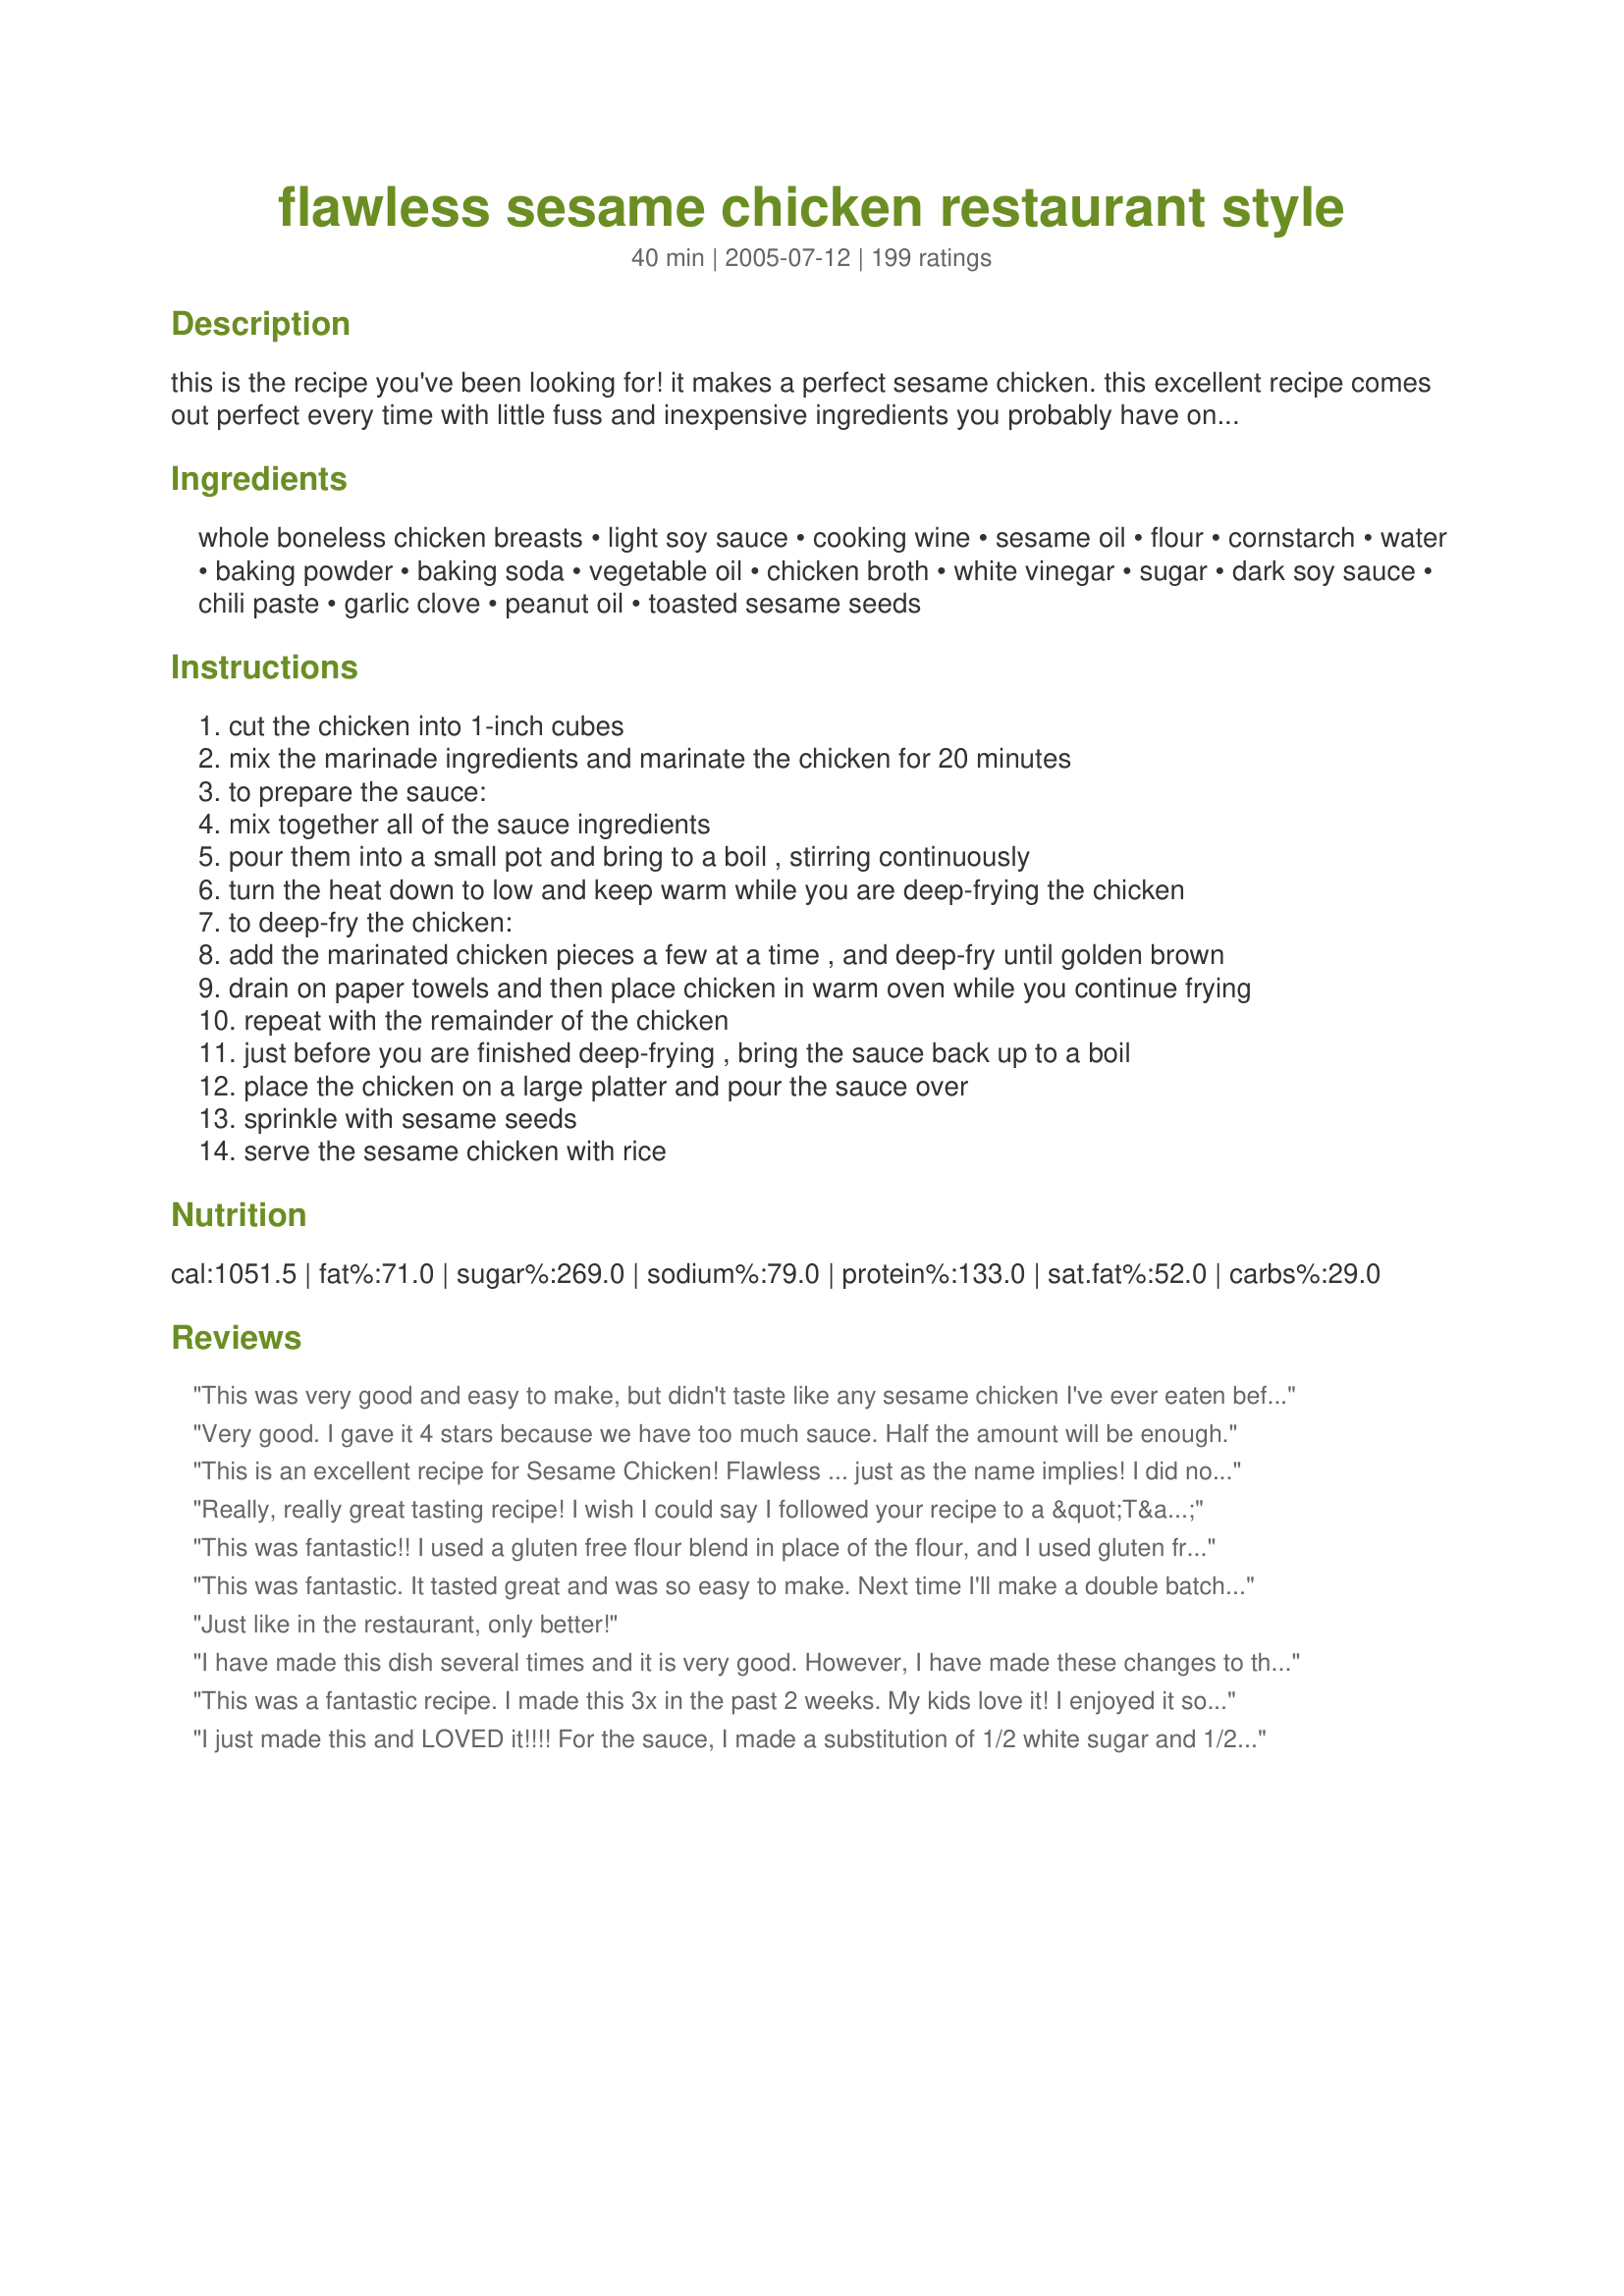
flawless sesame chicken restaurant style
Preparation time: 40 minutes

this is the recipe you've been looking for! it makes a perfect sesame chicken. this excellent recipe comes out perfect every time with little fuss and inexpensive ingredients you probably have on hand. this recipe is truly restaurant quality... try it, you won't be disappointed! (recipe courtesy of "reykjaviky" at all recipes)

Ingredients:
whole boneless chicken breasts, light soy sauce, cooking wine, sesame oil, flour, cornstarch, water, baking powder, baking soda, vegetable oil, chicken broth, white vinegar, sugar, dark soy sauce, chili paste, garlic clove, peanut oil, toasted sesame seeds

Steps:
cut the chicken into 1-inch cubes
mix the marinade ingredients and marinate the chicken for 20 minutes
to prepare the sauce:
mix together all of the sauce ingredients
pour them into a small pot and bring to a boil , stirring continuously
turn the heat down to low and keep warm while you are deep-frying the chicken
to deep-fry the chicken:
add the marinated chicken pieces a few at a time , and deep-fry until golden brown
drain on paper towels and then place chicken in warm oven while you continue frying
repeat with the remainder of the chicken
just before you are finished deep-frying , bring the sauce back up to a boil
place the chicken on a large platter and pour the sauce over
sprinkle with sesame seeds
serve the sesame chicken with rice

Reviews:
This was very good and easy to make, but didn't taste like any sesame chicken I've ever eaten before. Maybe that's a regional thing? I left out the chili paste so the kids could eat, but hubby and I added red pepper flakes to ours. Thanks very much!
Very good. I gave it 4 stars because we have too much sauce. Half the amount will be enough.
This is an excellent recipe for Sesame Chicken! Flawless ... just as the name implies! I did not have chili paste on hand, so I used red pepper flakes (about 3/4 tsp.) and the "heat level" was just right. You did not mention the type of vinegar to use, so I used Rice Wine Vinegar, which turned out great. Thanks for posting this! We will definately be making this again!
Really, really great tasting recipe! I wish I could say I followed your recipe to a &quot;T&quot;, but lacked a couple of ingredients. Did the marinade as instructed but added a little garlic powder, but let go for about 4 hours as we were watching a football game (sure didn&#039;t hurt the taste! lol). I put all ingredients together so as to make cooking a little easier (marinated meat separately, put sauce together, you know). I also coarsely chopped a large onion and sauteed till soft because I love onion, put aside and then fried my chicken. Made the sauce as instructed but didn&#039;t have the chili paste (had everything else), so used dried red pepper to taste and a couple of blops of ketchup. Also used honey &amp; brown sugar to taste. I didn&#039;t think anything at all was missing in taste for this recipe and did not find it salty at all. My biggest problem was to quit eating the chicken pieces while my sauce cooked, it was that tasty! Poured the hot sauce over the chicken and reserved onions. Served with rice and green onion. Tender chicken, just the right sweet and hot taste. So glad I found your recipe, Thank you, Petite Mommy, I&#039;ll make this again and again!
This was fantastic!! I used a gluten free flour blend in place of the flour, and I used gluten free soy sauce instead of both the light and dark soy sauce. I am going to make this again the very next chance I get. The flavors were amazing and as good as any Chinese take-out I've ever had.
This was fantastic. It tasted great and was so easy to make. Next time I'll make a double batch, though... thought there would be leftovers but everyone ate them up! Thanks for the recipe.
Just like in the restaurant, only better!
I have made this dish several times and it is very good. However, I have made these changes to the sauce: Added 1 tablespoon of soy sauce, reduced the cornstarch to 2 Tablespoons because 1/4 cup made the sauce too thick. I also reduced the sugar to 1/2 cup because the full cup made it too sweet for me. NOTE: I have also made a reduced calories version for some of my girlfriends by skipping the chicken frying process. I just marinate the chicken with the soy,wine,and oil. Then stir-fry it with a bit of oil until it is no longer pink. Then I make the sauce as prescribed with the adjusted ingredients. Add it to the chicken and bring it to a boil and sauce thicken. It is so good and saved a ton of calories. My friends love it too.
This was a fantastic recipe. I made this 3x in the past 2 weeks. My kids love it! I enjoyed it so much that I gave it to my mom. She is an avid... chinese food adict! She loved every bit of it!
Thanks for the most perfect recipe! I am glad to know it's the first on google when you search "sesame chicken"
I just made this and LOVED it!!!!
For the sauce, I made a substitution of 1/2 white sugar and 1/2 c brown sugar. I used the rice vinegar and I didn't have any cornstarch so I just watched it and played it by visual with flour. Also, one trick I learned to do with making saucy/fried chicken chinese food is simmer the chicken in the sauce. It also helps thicken it. Very tasty, thanks APetiteChef!

Forgot to add, I used thigh meat instead of breast!
My son, the picky eater, loved, loved, loved this. It is very delicious. The only thing that I did different was that I followed likeithot&#039;s advice and added the onion and garlic powders to the sauce.
I love this recipe made it as is it's really good! My family loved it as well! It really does taste like it came from a restaurant! The extra sauce is good for the white rice! Awesome! I highly recommended this recipe!
This is an amazing recipe. It really is like take out!! My only problem was having WAY too much sauce. So next time I will 1/2 that portion of the recipe.
 Since I'm vegetarian, I made mine with tofu and it still came out great. I just pan fried mine instead of deep frying. I also added some freshly squeeze orange juice and zest to make mine orange-sesame sauce. SO outrageously delicious!!! This is a keeper.
This is better than any restaurant could make! And it deserves more than 5 stars!!! WOW! Thanks so much for sharing.
Flawless is absolutely right!

These were delicious and that gorgeous color color made for a very impressive presentation.

I served the chicken with fried rice, edamame beans and soba noodle soup.
The chicken had wonderful flavor, but didn't get crispy for me when fried. Unfortunately, the sauce was way too sweet as well.
This recipe is awesome! My 9 year old son makes this recipe for us. My husband and I cut up and fry the chicken (we bread it in Japanese bread crumbs) for him but he creates the marinade, the sauce and the rice. Thank you for such a perfect and kid friendly recipe!!
I did not have any trouble with this recipe. I was afraid of too much sesame oil taste so I only used 1 T in the sauce. I like the taste of fresh ginger so I added that to the sauce... it was very good. I did the 1/2 cup sugar instead of the 1 cup. The chicken cooked up well... I would do this recipe again. Thanks.
Perfection!!!
this turns out amazing! I think it tastes better than a restaurant!
Like you need another 5 star review of this recipe! :) This was excellent. Like a lot of reviewers I didn't have chili paste on hand so I subbed a decent squirt (about 1 1/2 tsp) of Sriracha. This was much sweeter than many other Sesame chicken recipes which was exactly what we were looking for. Also the recipe makes plenty of sauce so I would suggest not doubling the sauce till you try it once. Thanks for sharing this great recipe!
Update 7-9-09 I have now made this several times with the listed ingredients and it's the bomb! :)
hells yeah, this recipe makes deliciousness happen
This is a great, easy recipe. I also, like prior post, didn't have the cooking wine for the marinade, I just increased the water to 3 tablespoons and it was very nice.
Very tasty! I tasted the sauce in middle and was quite worried. It had a bitter taste. I didn't know what to do so I just proceeded with the recipe and served it as was. To my delight when the sauce was served with the chicken it blossomed into a delicious meal that had no taste of bitterness whatsoever. I only have complaint: Not Enough!
My family of sesame chicken lovers eat this up with compliments. The recipe makes a LOT of sauce. We've frozen it and put it on other meat later. Yum!
 Who needs to go out when you can have sesame chicken that tastes this good at home. My hubby went back for thirds.
Very good sesame chicken! It was a bit of an experiment as I did try and follow the advice of other reviewers as well as getting it to work with my pantry. I didn't have chile paste or sesame oil so I used chile oil instead which worked really well. In addition, I lightly fried this in a skillet with a couple tablespoons of olive oil which gave them a similar texture with a little more work. All in all, I recipe I will be hanging on to as everyone loved them.
This is definitely the BEST chinese chicken I have found. I mix steamed brocolli in the final stage and serve over rice. It is a favorite in my family.
Wow this recipe does live up to the spill about it. Im making it again today- without the sauce though, as I'm trying to consume less sugar!
The chicken from this recipe alone is delish! Thanks!
After reading several reviews, I made the following changes: doubled the marinade, as I had three fairly large chicken breast halves; added onion powder and extra garlic to the sauce; tossed the marinated chicken in rice flour before frying, which made for a REALLY crispy crust. Served with broccoli stir-fried with several cloves of garlic and steamed jasmine rice. Absolutely delicious! This will absolutely be a regular meal here. :)
5 Stars

It was my turn to do a birthday lunch today. I decided to do chinese food. Sesame chicken, fried rice, and eggroll. I served this recipe to my 3 girlfriends today.

It was a HIT. I fixed exactly as directed in recipe. This is a keeper recipe for anyone who wants to impress. I was a hit, as well, for serving it.
My family really liked this recipe. I added the onion and garlic powder as well as some red pepper flakes. My Husband wants me to add some citrus flavor to it next time, either pineapple chunks or a slash of orange juice.
My family scoffed this down in no time flat and enjoyed it so much! I had it with Fried Rice and Stir fried pea pods. Excellent combination and one we will have again!! Thanks!
I bought a wok this past Christmas and have been experimenting with different stir frys. Tried this recipe tonight and it is the best by far, and believe me we have tried quite a few. We used dried red chiles instead of the paste, worked out great! The sauce is the best, better than anything you can buy out of a jar, could just dip chicken in it! Happy we have leftovers for lunch tomorrow!
This is a really yummy recipe and it was very simple to make! Not tons and tons of work, even though it's a little time consuming.
I personally think the amount of sauce in this recipe is about double what you need... I stirred some into my chicken (with the toasted sesame seeds) and got it well coated and I had about the same amount of sauce left over. We enjoy our sesame chicken on white rice and then some soy sauce over the top of the whole thing to get a nice sweet and salty mix, so enjoyed like that... it was perfect for us!
Thanks so much for a great recipe!
really really good. to the sauce i added some orange juice and honey turned out great
This recipe just helped me and a friend win a cooking contest at the University of Virginia! We cut the sesame oil in the sauce by half and added extra garlic and sliced green onions. One of our judges found the sauce a little too sweet so I might suggest cutting the sugar some (don't use a full cup). I also added ~1 tsp of onion powder to the marinade. One judge wrote, "Tastes like Chinese takeout."
Thank you so much for this recipe. It is rare that everyone in my family loves a recipe, but this was it! My husband couldn't get enough.
Very Good! this is the sesame chicken I've Been looking for! My family loves it
While this was very tasty, next time I'd cut out the deep frying and grill my chicken instead - perhaps on skewers. This would cut down on a lot of the fat content. I'd also use less cornstarch in the sauce...way too thick.
We all loved this! I actually made it into an appetizer. I cut the chicken into smaller bite size pieces and used the sauce for dipping.
I am no cook, this recipe was so easy and tasted just like the restaurants, Happy Joy!!
I don't love Chinese food but my husband and I really enjoyed this dish. I thought the flavor of the sauce was great! I took the advice of others and used red pepper flakes (1 tsp) and only did 1/2 c. sugar for the sauce and it was plenty sweet. Also, I didn't want to buy a whole thing of sesame oil for the 2 Tbs called for in this recipe so I just ground up some sesame seeds in a spice grinder and added the powder to vegetable oil. My only warning with this recipe is that your kitchen is kind of a mess afterwards:) Thanks!
GREAT recipe i made it twice and both time's it was amazing! but i just say only add 1/2 cups sugar and i made it with pepper flakes instead of chili paste both times and it was still great! :).
AWESOME!!!! I wouldnt change anything about it!!!
I used 1/4 c rice wine vinegar in the sauce -- WAY too much. I could only taste the vinegar, so it really ruined the dish. I think if you add only 1/8 c, it might not taste as bad, but I won't be making it again.
Very, very good. I used only 1/2 cup sugar and it was plenty sweet enough for us.
I really enjoyed the flavor of the marinade and the chicken was very tender and tasty. The sauce has much to be desired for and needs cut back on the amount of sesame oil....wow is it too pungent. I threw it out and made my own version of brown sesame sauce. One teaspoon was much better. I was so disappointed with the sauce. We are big chinese eaters, and sesame chicken is one of our favorite dishes but to us this was not "Restaurant Style" at all. I will make the marinade again. Thanks for sharing!
I agree with all the other posts - this recipe is excellent! It does make more sauce than we used, and I did cut back to 1/2 cup sugar and 1/8 cup cornstarch in the sauce. I also didn't have any cooking wine or dry sherry for the marinade and it still turned out great.
Fabulous recipe! The only reason why I gave it four stars was that it made a very very large amount of sauce, that I didn't use most of. It worked out well tough, because my mom put it on steamed eggplant the next night for a fabulous meal. I didn't fry the chicken, to make the recipe as healthy as possible, and it turned out very well. I ommited all the "dry" ingrediants in the marinade, but I think i will leave them in next time because without them, the chicken dish ended up being kinda grainy and mushy. fabulous recipe though! thanks very much!
This was delicious! I used it to make Sesame Chicken for my hubby and Sesame Tofu for me. His was a hit, and I loved mine, too! While we were eating, he said, "This is definitely one for the recipe book!" Based on many reviews, I also cut the sugar. I used about 3/4 cup.
We love to try new Chinese recipes and Sesame Chicken is one of my favorite things to eat out. Absolutely loved this recipe. Thanks for posting!
Goodness, this was certainly a hit at dinner tonight. I kept wondering where the kids were putting it all. I know my youngest definitely has a hollow leg. Followed recipe to the letter except for subbing red pepper flakes for the chili paste as suggested by others. Perfect restaurant style meal, easier to make then I would have ever expected. Thanks.
I just cannot get enough of this sesame chicken it is absolutely fabulous!!! It at first seems hard to make but if you just break the recipe down its a piece of cake!

I LOVE LOVE THIS recipe!!
Wow, this is the first time I've made sesame chicken and I'm so glad I chose your recipe. Beautiful glossy sauce, nice crispy chicken. Better than I've ever had at a restaurant. I used the full measure of vinegar and toasted extra sesame seeds because I love them. Served with plain white rice, just perfect. Thanks for sharing.
This was awsome. Eveyone I have cooked it for has loved it. I have made it like 6 time already. I love sesame chicken and this is by far the best I have had. Thankyou so much. :)
I have discovered something new and amazing about this recipe!<br/>When you add Balsamic Vinegar instead of white vinegar, and crushed red pepper instead of chili paste, you get GENERAL CHICKEN. Good general chicken, too. I love this recipe!<br/><br/><br/>It's amazing. My boyfriend thought a bit more vinegar was needed, but I loved it. It tasted a lot like the kind of "chinese" food you'd expect from an americanized restaurant, but sometimes that's what you're in the mood for, and it is definitely restaurant quality.
This recipe was the most similar to what I have eaten previously in Asian cuisine restaurants. I will keep this as my "standard" for Sesame Chicken. Over the past several months I have tried six different versions of this from other recipes found on Recipe Zaar and this was the BEST!! I added about twp tablespoons of brown sugar to the sauce just because of my own taste preferences and thought it "added a little' to the recipe; I like my Asian sauces a little sweeter.
AWESOME - this deserves 10 stars. Easy and a total crowd pleaser. I forgot the sesame seeds so I put green onions on top instead.
Was excited to make this with all the good reviews. I love Sesame Chicken but this wasn't even close to the way I've had it...so it was quite a disappointment for me, but, my DH really liked it so I'm giving it 4 stars for him.
Awesome!!!!! I used mirin and I really like the flavor.
Just like they make at the restaurant! We loved it!
Great recipe! Pretty easy to make and it easily fed a family of three and there was even enough left for lunch (for 1) the next day! There was plenty of sauce...I think I could half the sauce recipe next time. I will definitely be making this again!
awesome recipe! my first from any website. It worked great.
I just made this last night and it was fabulous!

I made two changes: I needed it to be gluten free so I used Bob's Red Mill All Purpose GF Flour. This worked perfectly so any other GFers out there, don't be afraid to try this one! Also, I didn't have chili paste so I substituted Sriracha Sauce and it turned out wonderfully.

This is a huge hit and we'll be making it again.
Yummy! We had this last night for supper and just loved it. I was leary of the vinegar amount so used the least amount, but I think I can up the amount a bit next time. Still great, but I want to try to cut the sweet a bit. Thank you so much for sharing this great recipe with us. It was so easy to make and definately a keeper in our house.
The chicken turned out great up to the point where I took it out of the oil. Where it all went wrong for me is in the sauce. It makes a TON of sauce and is extremely thick and sweet. It turned out to be a big sugary gelatinous blob. While it was edible, the sauce needs something to give it some flavor to balance with the sugar and sesame oil. Maybe more soy and less sugar? Worth tinkering with in the future....
I just made this for dinner tonight's dinner and I must say, this is one of my all-time favourite recipes I have found on 'zaar. This will definitely be in my repertoire from this point forward, the chicken is so tender and juicy! Kids (11 and 12 yr old pickiest eatiers in the world) even loved it!! We could also use this as an afternoon snack with the sauce as dipping sauce.
Awesome recipe! I put extra red chili flakes since my hubby likes it spicy.
This recipe really is flawless! The only exception in my opinion is that the sauce was too sweet. I think half the amount of sugar would suffice. Otherwise, this is the best sesame chicken I've had!
We don't cook much and this recipe was so easy to follow and make. It tasted wonderful... just like in a restaurant!!
My family of 5 loved this! I have to say, i did not do the chicken with marinade part b/c I was trying to use up some pre-breaded chicken tenders. I baked these, and made the sauce to go over it. I used 1/4 cup vinegar and it was plenty sweet. I used seasoned(garlic)rice wine, and used a little ginger rice wine. I also used chili flakes. It took no time to thicken, and you must serve with jasmine rice. Great-will make again!
This recipe is WONDERFUL!! I followed it to the tee except for adding some red pepper flakes for heat. I think next time I will also only put 1 tsp of sesame oil in the sauce b/c it was to strong for me. I will definately be making this again.
Well, as promised, this chicken really was absolutely wonderful! I tried to cut the recipe in half but I don't think I'll try that again; it made the proportions for the sauce turn out a little off. It didn't even really matter, though, because the taste more than made up for it! I even pan-fried the chicken in a small amount of oil, rather than deep frying, and it still turned out like something you could get at a restaurant! I will be using this often. Thank you!
Excellent recipe! Very easy. Makes a lot of sauce. I'll steam some broccoli and add it to the leftovers. I gave it 5 stars, but it looks like the rating might not have worked.
If I could give this 10 stars, I would. It was AMAZING!! I made a few small changes, but it still came out great. I didn't have peanut oil so I used about 1.5 cups vegetable oil. It wasn't deep fried, but definitely fried! I also couldn't find chili paste, so I used about 1 TBSP of Sriracha sauce. It gave it a bit of a kick, but nothing that lingered. It also made enough sauce for about 2x the amount of chicken I used. I used 8 decent sized chicken tenders. I also used Rice Vinegar. I'm not sure if that is different from rice wine vinegar, but it tasted great!
oooooo yummy! this is going to my favorites file! i followed everything to the T except for the marinade i had no choice but to use regular soy sauce since i didn't have lite. but thankfully it didn't turn salty at all. i even had to use mirin in place of the cooking wine since that's also all i had. and i accidently left the chicken in the marinade for a couple of hours due to my busy schedule. for the sauce i used rice wine vinegar and it was perfect even w/ the 1 cup sugar. wasn't overly sweet at all..just perfect and delicious. will make this MANY times. thank you for sharing! =)
This recipie was wonderful. Everything you want sesame chicken to tast like. The only thing I did was added brocolie,onions and snow peas. Really great!!!
I made the original recipe with the full cup of sugar and it was FLAWLESS PERFECTION!
would have been perfect if i had thought and not just dumped the cornstarch into the mix without dissolving it first, but even with the lumps it was exactly what i was looking for. thanks :)
It was delicious! The ONLY changes I made were that I added 1 TBS of minced garlic (because we're anti-vampire I guess!), used 1 Tbs. siracha chili (we like it spicy too) instead of the typical oriental chili sauce, and went with the recommended 1/8 c. rice wine vinegar. As half Asian, the way I made it tonight, I'd have to say this is PERFECT!
Yummy What a great but easy recipe We really enjoyed this. Might tinker with it a little by cutting down on the sugar. The overall flavor is really nice. Thanks for posting
Loved this recipe!! This was my first attempt at making sesame chicken and it turned out almost like what I get at our local Chinese restaurant. Several people said they only used 1/2 the sugar for the sauce, but found out I needed all of it to replicate to our taste. Exchanged red pepper flakes for the chili paste and I needed to reduce the cornstarch a little to keep the sauce smooth. This will definitely be a repeat recipe next week!!! Thanks for posting it!
We voted it better than Restaurant Style. Absolutely wonderful recipe - easy to make - delicious to eat. A definite keeper! Thanks.
Really was a crowd favorite in my house. I made it with egg rolls and I made an awesome chinesse chicken salad. Really the best sesame chicken recipe I've found.
Very, very good recipe! Definitely the best sesame chicken I have ever made and actually it is better than any I've ever had at a restuarant. Thank you so much for sharing this recipe!
This recipe is amazing! My husband says we will never order it at a restaurant again. Even my picky son ate it. Amazing taste and flavor. I double the sauce though as we eat it with rice which sucks it up fast. And I throw the chicken in flour first to get a nice coating. It's amazing! Bravo!
This was amazing. I don't think I've ever made better Chinese food in my kitchen.
I made this recipe exactly as is (because I am reviewing this recipe not my version of this recipe).<br/>My husband and I thought that it was fantastic. Great flavor. The recipe suggested using 1/2 cup of sugar instead of 1 cup and it was plenty sweet. I served it with sauted onions, peppers and broccoli. A definite keeper.
This tasted good, but not like what I get at the restaurant. Maybe if the chicken were tossed back in to cook with the sauce for a little while at the end? I also found it just a little too sweet (I used about 2/3 cup of sugar).
great recipe! I marinated the chicken in only the soy sauce and sesame oil and added crushed garlic, then sauted it in Pam spray instead of frying it, to make it a little healthier, the sauce was great! my husband loved it and said it was BETTER than a restaurant. I also cut the sugar in 1/2
Absolutely wonderful!! I've made this a few times now, and the family loves it! Tonight I decided to make it a little different and cooked the chicken whole, then cut it up into slices afterwards, which worked out great.

When I mix the marinade, I will usually do half wine and half dry sherry. And I don't have any chili paste, so I've just used my chili oil, which I think works just as good. I just realized I forgot to write the garlic down, so I've been using this recipe w/out garlic!! lol :) Oh well it still tastes good w/out it! Thanks for the great recipe, the whole family thinks it is even better than getting it at a restaurant.
AMAZING - my father is a chinese food nut, and swears that nothing is better than takeout - that is until he tasted this. I have just started experimenting with chinese food (I am a picky eater) and I thought it was, indeed, flawless!

I did not have (or can afford at $6 for 12 fl oz) 4 cups of peanut oil, so I used a mixture of sesame, peanut, and vegetable oil and no one could tell the difference
this is the best sesame chicken recipe i have found yet, it is as close to perfect as you can get :) i have also used beef and it taste really good, thank you!!!
Absolutely delicious! The flavor is perfect. We cut back on the amount of cornstarch so it's not so thick. This recipe is definitely on our list of favorites!
If I could give you more stars I would... This recipe is just wonderful!!! I made it for the two of us, and we ate the whole amount; my husband then asked if I had more!!! I will be serving this soon again. Very, very nice. If I could I would tell everyone at Zaar to make it!
I enjoyed both cooking &amp; eating this recipe. I made a few subtle changes on my 2nd attempt which was received quite positively. I doubled the marinade while using 1\2 cup of honey, 1\2 cup sugar, 3 garlic cloves, a teaspoon of fresh chili pepper from my garden &amp; 1\2 teaspoon on onion power to the sauce. Also, I used fried rice as opposed to just white rice
I have virtually no cooking experience, however, I follow instructions very well. This recipe was very simple to follow and came out absolutely delicious. Everyone loved it too!
Today I made this for a church social, everyone loved it and wanted the recipe!!! I did a few little changes to make it my own. After it marinated for 2o minutes I then coated it in flour before frying. Made it a little more crispy. Also for the sauce I only added 1/2 cup sugar, added 1/4 cup brown sugar and added 1 1/2 tablespoons of chilli sauce instead of chilli paste (couldn't find it). Almost forgot... I added a little steamed broccolli to the chicken and sauce mix then served over rice and sprinkled with sesame seeds! I made alot of this (x5) and it was all eaten and they wanted more!!!! Big big hit!
This recipe is great! My husband and I loved it!
I've never left a review before, but this recipe was too good to not review. It was, without question, the BEST sesame chicken I've ever had! The chicken was moist and tender and the infusion of flavors perfect! I couldn't find the chili paste, so I substituted 1 tsp red pepper flakes for it. I will make this a regular part of our menu. Thanks so much for sharing!
I made it just now! I didnt put in the chili paste or sesame oil and i fried it in canola oil and it was still AMAZINGGGGG
This recipe is just as sensational as everyone says. The second time I made it I only used 1 Tablespoon of sesame oil because I thought that 2 tasted too strong. I also only added half the amount of sugar. This is one recipe that I will be making again and again.
This was an interesting recipe. I've never had sesame chicken like this in a restaurant; they were all much crispier. The sauce was also very very thick. I think in the future I would add more cornstarch to the marinade to get that crispiness.
Excellent!!<br/>I would suggest doubling the marinade recipe though if you're making 3 chicken breasts. Breadding lightly after marinading also works well. Will make again for sure!
This is absolutely scrumptious! My boyfriend and I make it whenever we can and while we've yet to find dark soy, it tastes just as wonderful with the regular kikkoman soy sauce available at chain grocery stores. Make it, you wont regret it!
We were disappointed in this dish. The chicken was good but the sauce just seemed to be missing something.
My family isn't big on deep fried food, so I opted to marinate the chicken and then cook it as it was rather than deep frying. It turned out pretty great, and I can imagine that if I deep fried it it would even be better. Thanks for posting.
I've made this recipe many times, and it always comes out great! I also use 1/2 cup of sugar rather than a full cup, and I usually substitute red pepper flakes for the chili sauce; makes it kind of a cross between sesame chicken and general tso's. My husband and I love this recipe.
WOW, now I see why this receipe earned 5 stars. My family could have sworn that it was from chinese take out!
Fabulous! I love to get Sesame Chicken at Chinese restaurants and this is every bit as good! Will put this in my "keeper" file!

Thanks for sharing such a great recipe!
This recipe is awesome! My family ate it up and asked for more. They all love the chicken we get at the mall from China Wok, now I can make it at home. The sauce was a little runny at first, but I let it boil a few minutes and it thickened up to the right consistency.
 Thanks for sharing, I will be making this often!
I followed this recipe exactly, and it didn't turn out very good. The chicken was coated well and was crispy, but it was very salty, even with using light soy sauce. The sauce turned out pretty wierd. It was very thick, so I added a little water to thin it down, which helped. I dipped a piece of chicken in it to try it, and had to spit it out. The sauce was salty and with the salty chicken, it was way too much. I added a little sugar to the sauce, which helped, but I still wasn't happy with it. Needless to say, our dogs ended up eating more of this stuff then we did!
So good! The whole family loved it! I used honey instead of sugar and red pepper flakes instead of chili paste. I also didn't have sesame oil on hand so I just used canola oil. It turned out much better than I expected! Lots of extra sauce. Will definitely make again. I paired it with green beans and mushrooms sauteed in balsamic and homemade fried rice!
I made the recipe as is. While the overall flavor was ok... it's not something I'll make again. Maybe we are spoiled with the best Chinese takeout ever, but something was missing here. Can't really put my finger on it.
I did not season the sauce as directed, so I am not giving any stars. I prepped chicken as directed and was impressed with result; tender chicken with lovely, thin coating that kept it's light crispness. I used 1/4 c rice wine vinegar, 1/2 c br. sugar, 1 tbsp sesame oil in the sauce (everything else was tweaked due to what I had on hand). Cornstarch with water was added last to get the thickness I wanted. This seems like a fabulous recipe to play around with, thanks!
This was a hit! I can't believe how good it turned out with very simple ingredients! I used cidar vinegar and brown sugar for a sweeter taste. I also used lite soy for both the marinade and sauce. For the deep frying, I used regular vegetable oil. These were what I had on hand, and it worked well. Thank you for posting!
AWESOME..... Easy to make.
This is awesome. So much better than take out. DH gave it his stamp of approval too, so I will be making this many times.<br/>I didn't have chili paste so I just used a dash of cayene for just a touch of heat.
This recipe is delicious. I didn't have any chili paste, so I used chili sauce instead. Also, I only had olive oil on hand, so I just fried them in a little olive oil. I ended up using the full cup of sugar. I tasted after adding only a half cup, and the flavor wasn't overly sweet, so I used the full cup. I also used slightly over 1/8 cup of the rice vinegar. I will definately be making this again. Thanks!
I love good restaurant chinese food sesame chicken. Can't always go out to eat since hubby isn't a fan of chinese food. I got a 1.5qt deep fryer for christmas and this recipe was the first I made with it. This was even better than the restaurant chinese sesame chicken. The sauce was perfect in flavor and the chicken crispy outside and tender inside. I paired it with white rice, steamed broccoli and a veggie roll. The only substitute I made was to use merlot instead of cooking sherry since I didn't have any. <br/><br/>My grandmother-in-law shared this dinner with me and she cleaned her plate - this is something I had never seen her do with her meals! We keep on eating because it was so good! I highly recommend this recipe.
Yummy sauce. Not bad for homemade take-out!
I really didn't care for the sauce. I used only 1/4 c sugar and thought it really too sweet. <br/>The marinade might have been good, but was so thick with all the cornstarch that the chicken was very crusty after frying. I have used marinade with cornstarch, but usually just a T. or two. I don't think I will make this again.....the sauce was so thick that I had to thin it down. <br/>Thanks for an interesting meal, but it just didn't do it for us.<br/>Donna
I'd rate the chicken marinade highly. Those taste-tested good right out of the oil. The sauce quantity comes no where near the proportions & the taste is a bit off. I'll just make the sauce with a different recipe next time.
We loved this recipe.....but I would definitely cut down on the sugar...it was a little too sweet even for my kids. I am looking forward to making it again!
This was GREAT! However, DO add 1/4 tsp onion powder and 1/8 tsp of garlic powder to the sauce. Other reviewers said they thought that something was missing and I think that was it. Thank you so much for this recipe, I've tried other highly rated chinese recipes from this site with huge disappointment. This was delicious and my kids and DH actually ate it all!
This recipe does not taste like any Chinese restaurant I've ever eaten in. Prep time took about two hours from start to finish, and all we could taste is the sesame oil...yuk. The fried chicken pieces tasted pretty good until we put the sauce on. I don't recommend this recipe. Nobody in our family liked it, and it was pretty expensive since I didn't have hardly any of the ingredients on hand to start with.
I made this today and loved it! I made enough for eight people and there was plenty left over! the chicken is so tender on the inside and crispy on the outside, and it's just perfect with the sauce. we didn't add all the sugar that was called for, and it was definitely sweet enough! I also added quite a bit more chili paste (I used sambal oelek) then was called for, just because I love spicy food! this is definitely a recipe we'll be making again!
This recipe was really great,and so easy to pepare. The only adjustment that I will make for the next million times that I make this great recipe is the amount of sugar, I personally will probably only need about 2/3 of a cup. Thank you for sharing this totally delicious recipe!
Quite possibly the best recipe I've tried for asian food so far. My brother and I have pretty high standards for asian food seeing as we are half asian and worked in a chinese restaurant for years. We both thought this was far superior to a lot of recipes we had tried over the years.
Very delicious! There were no leftovers. I used chicken thighs. I didn't have light soy sauce, so I used dark soy sauce instead. Also, I only used 1/4 cup of rice vinegar, 1/2 cup of sugar, and a pinch of red pepper flakes. The flavor was just right!! Thank you for the recipe!
This made Valentine's Dinner with my single friends the absolute perfect meal. We had no time to feel bad while eating this marvelous dish!
This is so, so, so good!!! I've made it twice, now. The second time In only used about half the recommended amount of sesame oil in the sauce, and it was perfect. It seemed a bit too strong the first time. My husband likes to help with the deep frying. My kids, ages 3 and 5, scarf this up and always ask for more. SUPER YUMMY! Definitely a keeper and will share with everyone. Thanks for a great recipe!
Yum!!! I used thigh meat chicken because that's all I had on hand and it was good but it would have been much better with the white meat. I doubled the recipe and used canola oil instead of peanut because again that's all I had. I will definitely be making this again it was authentic tasting!!!!
This was really good. I did not have the dark soy sauce or chilli paste, I'm sure it would have been much better with it. I used regular soy sauce and a pinch of red pepper flakes instead.
It was good, don't get me wrong, but it felt like it was missing a little something. I think next time, I'd dredge the chicken to make it crisp, I'd add more garlic and chile, maybe some green onions, and I would further reduce the sesame oil in the sauce (I only put 1tbsp. and it was way too much for my liking!). But it was a good base for a sauce, and my husband loved it, so kudos! Thanks for posting!
Absolutely wonderful! Definitely a keeper. At first glance it looks complicated because of all of the ingredients, but it's definitely not hard!
Awesome!!!! I followed the advice and cut down the sesame oil to 1 TBS due to the strong flavor and I have no idea what chili paste is so I also used red pepper flakes. Thanks for a great recipe
Very yummy! I made some small changes. I halved this recipe for dinner tonight. I tossed the marinated chicken in flour after marinating 25 min for extra crispiness. I stir fried in about 2 tb vegetable oil (plenty of sesame flavor still). And I used a little less then a cup of honey instead of sugar but, next time I will start with 1/2 cup honey since I had to add a little white vinegar to make it less sweet. And I used 1/4 cup rice vinegar. DH and I both really enjoyed this meal and will be making this again!
This is a very easy recipe for sesame chicken. I would have given it 5 stars if I would of used less sesame oil. The sesame seed oil gave the sauce too much of a nutty flavor for my husband and my taste...I like a more spicy/sweet sesame chicken with a hint of nutty flavor from the sesames. I think I might omit the sesame seed oil all together if I make it again. I also substituted 1 tsp. red pepper flakes for the chili paste. The sauce turned out nice and thick. I served it over jasmine rice with green onions.
This recipe is AWESOME!! There is not a need to order out anymore! I did double the recipe for my bunch at home. I would suggest if you are doubling the recipe, do not double the sauce. It makes a ton! My DH is raving with his mouthful!! Thanks so much PetiteChef! By the way, this was my first try at any kind of chinese cooking, very easy.
I just didn't really like the sauce. I thought it tasted too much like cornstarch. The chicken was yummy.
Awesome recipe and really easy!!
My family thinks I am a godess!
Great recipe very tasty loved by both of us.
Great recipe and very flavorful. I can not wait to make this again for my family. Thanks for sharing this.
I don't deep fry much, so I messed up the coating, but even so the sauce made the dish excellent.

I'm sure if I prepare it right next time it will properly earn 5 stars.
I am eating mine right now. Its very tasty, but was not what i expected for sesame chicken. My sauce didnt thicken much, its very soupy, but all in all everyone ate it. A tip: prepare everything ahead of time, so when its time to make dinner your just have to throw everything in the pan and not measure a million things.
This recipe is really great. My family loves it and it is a new favorite. I don't deep fry the chicken. It makes a lower fat meal. Instead I coat the chicken with a little cornstarch and cook it in a pan with about 2 tbsp of olive oil.
Wow! I have never fried chicken or anything else before, and this was amazing. I only made half a batch for my husband and myself, but should have made the whole thing. It was so easy and just as good tasting and I am sure healthier than take out, and I love Chinese take out. I don't usually use recipes or make the same thing the same way twice, but I will make this often and exactly as written. YUMMY!!!
This recipe was great. I've tried many times to make this type of chicken, and it never came out right. This was perfect. Great taste.. just the right amount of sweet and spicy. Thanks for the great recipe.
This recipe was so great. My fiance loves asian food and take out has so much stuff bad stuff in it and the sodium is crazy!! I love cooking and to cook such an amazing recipe at home was great. This was comparable, if not better than take out! Thanks so much!!!
i used the sauce part of this recipe for my catering service and people went absolutely wild for this. Thanks!
this was very good & fairly easy! my husband & i are fans of sesame chicken, so we were excited to try this recipe! it was a little sweet so i would reduce the sugar by 1/4 to 1/2 cup, & i added some red pepper flakes (about a tablespoon b/c we like the heat). the heat was just right! thanks for the great recipe!
I asked my husband how many stars we should rate this out of 5...he said 10. :) We both really enjoyed this meal. Not too much breading over the chicken...just the perfect amount. Since my husband doesn't care for really spicy food I opted to use 1/4 of a teaspoon of chili paste...I could taste a tiny bit of heat and will increase the amount to 1/2 next time..and so on and so forth. I opted to use the 1/2 cup and sugar and felt it provided the right amount of sweetness...one of these days I might try some Splenda sugar substitute as well. Thank you for sharing this tasty recipe....it will definately be in circulation in my recipe box. ;)
Since I did not follow the recipe "to the letter", I cannot give a star rating. The changes I made were really pretty minor but I did change it. I used boneless, skinless thighs instead of breasts because we prefer dark meat. I doubled the marinade ingredients; used sake instead of wine, and 1 teaspoon sesame oil. The chicken marinated for about 4 hours. For the sauce I used 1/4 cup seasoned rice wine vinegar and only a 1/2 cup of sugar. (1 cup seemed like too much.) For the spice factor, I used Sriracha Sauce. The dish was so easy to prepare, absolutely delicious and was even tastier the next day. (The little bit that was left, that is!) Thank you for posting this recipe!
Another five stars for sure. Delicious. Took a bit of time, but worth it for a special occasion. Kids and everything loved it. DH said I should give it just four stars but only for it's sinful fat and caloric content! ;-) I wouldn't hear of it! Not an everyday or even month meal, but will definitely be appearing again in this household. Thanks so much for sharing! I used mirin in yhr marinade instead of cooking wine (dreadful stuff) and went with your suggestion of rice wine vinegar - I used the Japanese kind though. Served with fried rice and broccoli! Toasted sesame seeds really make it at the end. YUM!
This was the best! My family thoughroughly enjoyed every bite! I will make it again (and again)! Thank you for this posting]. I am always looking for new recipes as I cook daily for 7. 
I did however change just a few things. I used only 1/2 cup of sugar and pepperflakes instead of paste. Both were perfect. Also, I dredged the chicken lighlty in flour before frying.

I just discovered RecipeZaar. I am so grateful to have found it. I truly appreciate and respect everyones opinons and suggestions and comments. Thank you everyone! I plan to share my own recipes soon. Happy cooking!!
This was the top-rating recipe for Chicken > Main dish > Kid-pleaser, and it hit the spot in our house tonight! I used curry paste for the chilli paste, just over half a cup of sugar, and 4 chicken breasts. And there is plenty of sauce leftover for getting creative tomorrow! Served over egg noodles. YUM!
This dish was just amazing! I just made a batch and my brother finished every last bite in 10 minutes. As a new cook, I've never successfully fried anything before. This was EASY and the sauce thick and delicious.
This recipe is fabulous! I actually ate the leftovers up before my son and was he mad!!!! LOL I LOVE THIS RECIPE!
I can't even tell you how pleased I was with this recipe. It was simple and very easy to make. I didn't have any chili paste on hand, but still turned out delicious. Thank you for sharing.
This was an excellent dish but i would make a few changes the next time i make this.. which is why i gave it 4 stars, instead of 5. <br/>i substituted half honey and half sugar for the sugar completely, but next time i will substitute all of honey for the sugar. Also, 2 tbsp of sesame oil was alot.. so next time i will only use 1 tbsp. <br/>The marinade was enough for only 2 breast pieces, but there was enough gravy for 3 breast pieces. So i'll be increasing the marinade to be enough for 3 pieces. i didnt have any chilli paste on hand so used chilli sauce instead. <br/>Thanks for the recipe Princess! This will be made often in our house!!
A great Chinese dish!
Flawless. This epic recipe was perfect for teaching me how to cook a simple meal. I went to my local chinese restaurant and asked them what I could use instead of chili paste and sesame oil ( since I couldn't find any). She told me she doesn't use sesame oil and that she dices a small red pepper and uses that. It was great, I think I'll lay off some of the garlic next time though. Thanks for your contribution!
Oh my! This was the recipe I've been looking for! I just love this Sesame Chicken and my husband said it was better than the Chinese take-out. I didn't have chili paste so I used Chili Sauce but it was still excellent. Thanks PR Princess. I will make this again and again.
We have cooked this recipe many times ,it is better than the restaurants,we went to the china rest. to eat it, it was not very good ,so now we know to cook it at home.Thank You for this chicken.i make it as the recipe says.
This was awesome. My 10 yr old daughter measured out all the ingredients, and I fried it in the deep fryer. My only problem was that the chicken stuck to the basket in the fryer. I've since learned that I have to put in the pieces separately so the batter cooks first. Anyone else know how to solve this problem? The meal was great! It is very sweet. So maybe use less sugar next time.
AWESOME!! Thats all i can say. I'm sending this recipe to everyone I know!! I love chinese food, I thought I could only get good chinese from a chinese resturant..not anymore!!
YUMMO! I made as written and fried half in vegetable oil and baked half. We really could not taste the difference = baked it is, since it is better for you. I felt the sauce was way too thick, therefore I'll adjust next time. Made it with fried rice and homemade egg rolls. Love this recipe!
I liked this recipe. I didnt enjoy the long drawn out part where you fry the chicken pieces though. The hot oil made a popping mess too. Toward the end I just dumped all the rest of chicken pieces into the pan and it was much faster. The pieces still came apart and I could enjoy my dinner with everyone else instead of babysitting the stove. 
I thought the sauce was okay. I did doctor it up a liitle after tasting it. I think it's important that you use the dark soy sauce instead of light. I added some chili powder because I didnt have chili paste. I also only used a half cup of sugar but found myself adding a couple of imitaition sugar packets to the sauce. All in all pretty good.
I have made this dish several several times now and EVERYONE loves it. I have made it for friends and family and sometimes just because i'm craving it. Everybody tells me it's waay better than the restaurant version! Thanks for making me look like a pro chef! One time when I made it I accidentally put 1 tbsp. of chili paste instead of 1 tsp but everyone liked that even more.
WONDERFUL!!! Everyone loved it! The sauce was tasteful and EASY to make. I followed the directions to the T and it worked out better than I hoped it would! I will make this many times! Thanks!!!!
OMG this was awesome! I can imagine you could turn it into Orange Chicken with orange zest and juice replacing some of the water. The chicken was so tender and juicy. I used 1/3 cup sugar and 1/3 cup brown sugar. Just fabulous! UPDATE last time I made this I added a few tablespoons of orange marmalade to the sauce. Very nice!
This was such a great recipe. I didn't have to change a thing with it. I put the Sesame Chicken on top of brown rice and chopped some green onions for garnish also. I will make this over and over again. No more take out Sesame Chicken again for me. Everyone needs to try it!!
I couldn't wait to make it. It was everything you said it'd be, thank you.
Really this recipe is so so great!! I doubled the sauce and it was just too great. I didn't have the sesame oil so I used regural oil and it was still super duper. A real crowd pleaser for sure!!!
You're spot on with this one---it really does taste like restaurant sesame chicken sauce! I didn't use the marinade or batter because I had to make this meal with precooked chicken pieces, but the sauce was easy to make, no changes to be made and soooo tasty over over the chicken and some steamed white rice. Can't wait to try it with the batter! Even DH kept saying how great the sauce was!
DELICIOUS! I also used 3/4 of a tsp. red pepper flakes instead of chili paste, and I used balsamic vinegar because it was all I had. It turned out great anyways. Next time I think I'll try it with grilled chicken vs. frying it because the sauce itself is so flavorful and delicious.
Truly restaurant quality indeed! This was absolutely fabulous! I have to agree with another poster, if I could give it more than 5 stars I would. Do yourself a favor and make this, you will be glad you did.
I made this recipe a few nights ago, and my whole family agreed that it is even better than at a restaurant. Very delicious! I used my vacuum sealer marinating canister to marinate the chicken and my deep fryer to cook it. The result was a super flavorful and tender dish. We will be having it again soon.
Super great recipe! This is definitely a keeper. I served this over bulgur cooked with veggies and fresh herbs. I love the marinade and the sauce. I pounded my chicken breast nice and thin to even then thickness then sauteed in olive oil. I think I'm going to try this with boneless thighleg quarters next. Thanks for sharing the recipe!
I have tried this recipe twice and man it is the best ever. I would have to say this is better than the restaurant. My Husband and I ate till we popped.
This was a huge hit at our house. All 5 members of the family loved it.
A new family favourite. All my 4 kids loved this one, so this will be made often at our home. Don't be put off by the long list of ingredients... preparation was really easy. Thank you very much for posting.
Super easy and fast! Everyone loved this and our six year old begged his Dad not to eat the last of it so he could bring it for lunch to school. If you have a hungry DH you should double this recipe as it makes 3 modest sized portions. I only used 3/4 cup sugar and it was fine. Thanks!
I was not convinced that this would work out....I went to culinary school, and I often feel that the restaurant results are not achievable with home appliances. But this was awesome, even though I just made it on my stove top in a dinky little cast iron pan!

Made a couple of mods- honey instead of sugar (about 1/4 cup) and had some hot pepper jelly, so I lobbed a couple of lumps in there. Oh, and I used trimmed thigh meat instead of breast.

My daughter and I ate it up and plan on making it many more times!
my 2 yr old who only eats pizza and mcdonald's and rice loved this. i search for rice recipes with sweeter asian sauces. He actually ate 2 helpings of it the first night and leftovers the next 2 days. it is sweet but i used 1/2 cup honey and 1/2 cup brown sugar, still sweet but not too sweet. if he didn't like the sweetness so much i would use only the honey. oh and didn't add the chili, i would if it was for adults only though. thanks!!
Seriously tasted just like my favorite chinese restaurant! On top of the finished product I sprinkled the toasted sesame seeds, scallions, and diced red bell pepper. It was a nice touch, taste and color. YUMMY!!
A good recipe. I did reduce the sugar by half.
perfect and exactly like restaurant style. Double or triple the recipe because everyone is going to eat seconds!
i think i should rate the components seperately. i give the marinade 5 stars, the chicken was moist, tender and juicy. I have to give the sauce as written 2 stars. It was really bland, far too sweet even tho i had reduced the sugar to 3/4 cup and it was just missing something. I was able to "fix" the sauce by adding another 1/4c vinegar, the juice of one lime, some orange juice concentrate, an inch of fresh ginger, and a healthy pinch of black pepper. I let the sauce sit in the fridge all day and it developed a wonderful flavour. I will be making this again, thank you for a good base recipe.
I think this is a great marinade. The flavor of the chicken was wonderful. I used rice flour instead of regular and it came out great.
OMG!!! This was the awesomest sesame chicken EVER!!! It was so good. I do feel that you should NOT leave out the Chili Paste...It really makes the sauce taste right!! WOW!! My husband loves it too! I am having a dinner party and this will be a main dish!! I LOVE IT!!!
This was great!! Very similar to the restaurant style sesame chicken. However, in the marinade I used water instead of the cooking wine/dry sherry. In the Sauce I used 1/4 cup rice wine vinegar, and not quite 1/2 cup sugar. I also added ground ginger to the sauce. It was a little sweeter than I like but perfect for my husband. I paired it with my own recipe for Lo Mein. My husband said this recipe is a definite keeper.
My husband and 2 boys LOVE sesame chicken and it is so expensive to feed a family of 4 chinese take out! I made this and my family was AMAZED at how much it tastes just like our favorite chinese take out restaurant. Very excellent, no more take out for us!!
The BEST recipe I have tried on zaar!!!
This was better than any restaurant sesame chicken I've ever had! I've made it 3 times and it's been perfect every time! The chicken is so tender and juicy and the flavors are awesome. And the sauce goes perfect! Thanks!
Not that this recipe needs another review but I would like to put my two cents in....I just made this for Chinese New Year. This meal was so delicious!! One thing I did different was add red pepper flakes instead of chili paste (I didn't have any). The second thing I did different -- I only added 1/2 cup sugar. It was fine. Next time I will double the sauce to put on rice. I served this with eggrolls, crab rangoon, rice and broccoli and green tea. This meal was so much better than take out.

1/27/09 I made this for Chinese New Year again. Everyone loves this recipe. I made another batch for today for my staff. We are all celebrating the year of the ox. Make this ---you won't be disappointed!!!
Absolutely love this recipe and the authenticity of it! Sesame chicken is one my favorite take-out dishes and now I can make it at home with just as good of results. You may want to adjust the amount of sesame oil to your liking since it is quite powerful but I pretty much stuck to the recipe. Also, sided it with some egg drop soup (chicken broth slightly thickened with cornstarch, green onions and finally slightly whipped eggs). Wonderful yum dinner! Oh, I also prepared the sauce and marinade ahead of time while on my lunch hour and it was so easy to pull together at dinner. Five stars all the way!
